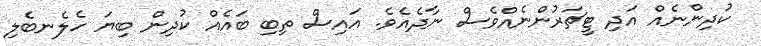
ކުދިންނެއް އަދި ޓީޗަރުންނެއްވެސް ނާދެއެވެ. އައިސް ތިބި ބައެއް ކުދިން ބިޔަ ހެލެނބެލި